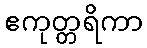
ဧကုတ္တရိကာ